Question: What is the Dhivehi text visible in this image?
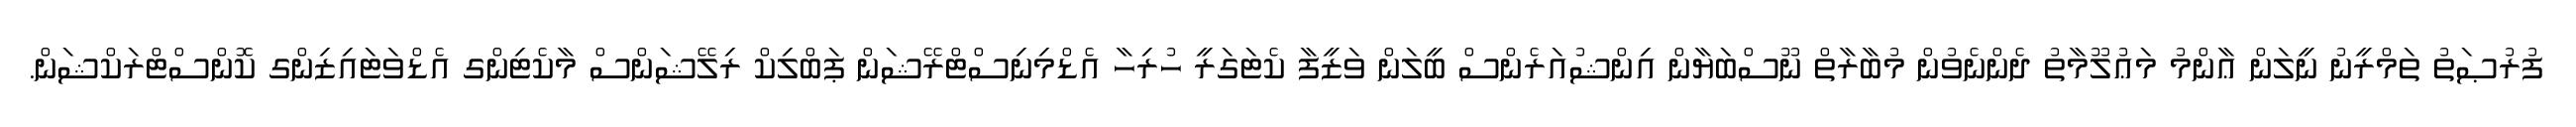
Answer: ފުރުޞަތު ތަމްރީނު ނީލަން ޢާންމު މަޢުލޫމާތު ދެންނެވުން މުބާރާތް ނޫސްބަޔާން އިންޝުއަރެންސް ބީލަން ވަޒީފާ ކެޓަގަރީ ހުރިހާ އެޑްމިނިސްޓްރޭޝަން ޕަބްލިކް ރިލޭޝަންސް މާކެޓިންގ އެޑްވަޓައިޒިންގ ކޮންސްޓްރަކްޝަން.